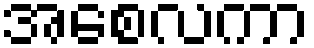
အစေလကာ